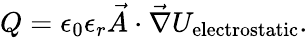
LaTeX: Q=\epsilon_{0}\epsilon_{r}\vec{A}\cdot\vec{\nabla}U_{\mathrm{electrostatic}}.